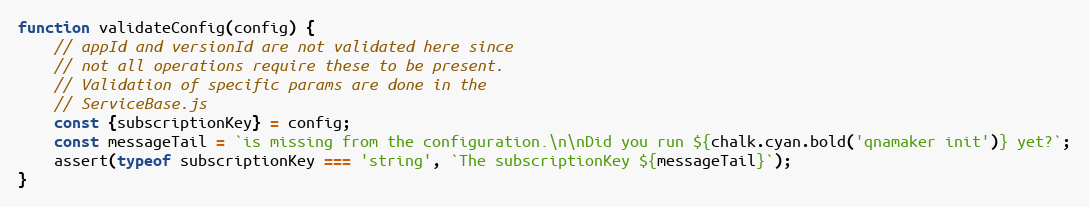
Language: JavaScript
function validateConfig(config) {
    // appId and versionId are not validated here since
    // not all operations require these to be present.
    // Validation of specific params are done in the
    // ServiceBase.js
    const {subscriptionKey} = config;
    const messageTail = `is missing from the configuration.\n\nDid you run ${chalk.cyan.bold('qnamaker init')} yet?`;
    assert(typeof subscriptionKey === 'string', `The subscriptionKey ${messageTail}`);
}